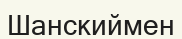
Шанскиймен